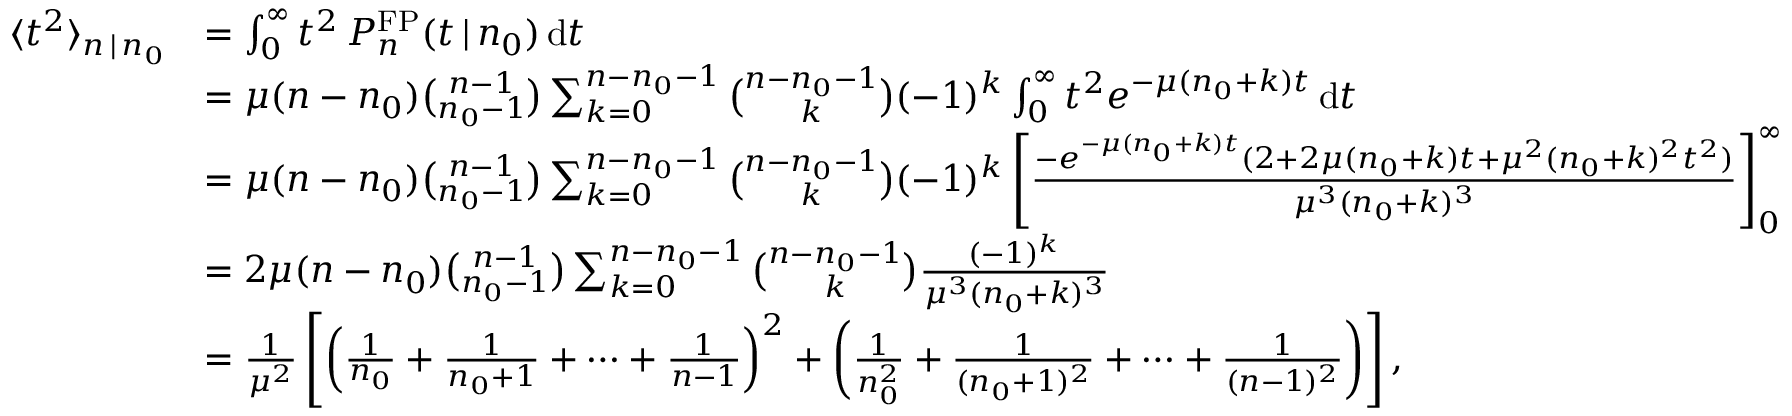
\begin{array} { r l } { \langle t ^ { 2 } \rangle _ { n \, | \, n _ { 0 } } } & { = \int _ { 0 } ^ { \infty } t ^ { 2 } \, P _ { n } ^ { \mathrm { F P } } ( t \, | \, n _ { 0 } ) \, \mathrm { d } t } \\ & { = \mu ( n - n _ { 0 } ) { \binom { n - 1 } { n _ { 0 } - 1 } } \sum _ { k = 0 } ^ { n - n _ { 0 } - 1 } { \binom { n - n _ { 0 } - 1 } { k } } ( - 1 ) ^ { k } \int _ { 0 } ^ { \infty } t ^ { 2 } e ^ { - \mu ( n _ { 0 } + k ) t } \, \mathrm { d } t } \\ & { = \mu ( n - n _ { 0 } ) { \binom { n - 1 } { n _ { 0 } - 1 } } \sum _ { k = 0 } ^ { n - n _ { 0 } - 1 } { \binom { n - n _ { 0 } - 1 } { k } } ( - 1 ) ^ { k } \left[ \frac { - e ^ { - \mu ( n _ { 0 } + k ) t } ( 2 + 2 \mu ( n _ { 0 } + k ) t + \mu ^ { 2 } ( n _ { 0 } + k ) ^ { 2 } t ^ { 2 } ) } { \mu ^ { 3 } ( n _ { 0 } + k ) ^ { 3 } } \right] _ { 0 } ^ { \infty } } \\ & { = 2 \mu ( n - n _ { 0 } ) { \binom { n - 1 } { n _ { 0 } - 1 } } \sum _ { k = 0 } ^ { n - n _ { 0 } - 1 } { \binom { n - n _ { 0 } - 1 } { k } } \frac { ( - 1 ) ^ { k } } { \mu ^ { 3 } ( n _ { 0 } + k ) ^ { 3 } } } \\ & { = \frac { 1 } { \mu ^ { 2 } } \left[ \left( \frac { 1 } { n _ { 0 } } + \frac { 1 } { n _ { 0 } + 1 } + \cdots + \frac { 1 } { n - 1 } \right) ^ { 2 } + \left( \frac { 1 } { n _ { 0 } ^ { 2 } } + \frac { 1 } { ( n _ { 0 } + 1 ) ^ { 2 } } + \cdots + \frac { 1 } { ( n - 1 ) ^ { 2 } } \right) \right] , } \end{array}